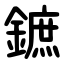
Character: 鏣